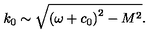
k _ { 0 } \sim \sqrt { \left( \omega + c _ { 0 } \right) ^ { 2 } - M ^ { 2 } } .